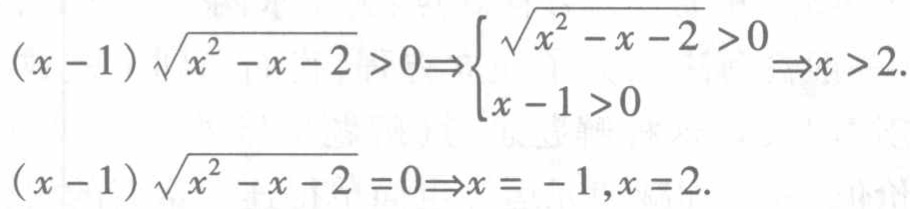
\((x - 1)\sqrt{x^{2}-x - 2}>0\Rightarrow\begin{cases}\sqrt{x^{2}-x - 2}>0\\x - 1>0\end{cases}\Rightarrow x>2.\)

\((x - 1)\sqrt{x^{2}-x - 2}=0\Rightarrow x = - 1,x = 2.\)